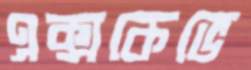
এক্সকেভে